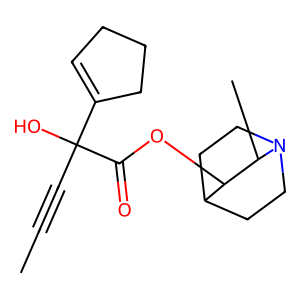
SMILES: CC#CC(O)(C(=O)OC1C2CCN(CC2)C1C)C1=CCCC1
Inhibits HIV replication: No